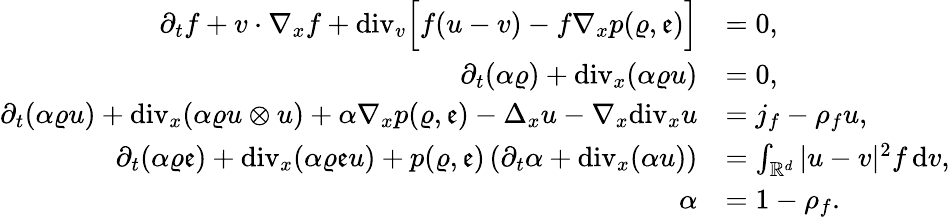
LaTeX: \begin{array}{rl}{\partial_{t}f+v\cdot\nabla_{x}f+\mathrm{div}_{v}\Big[f(u-v)-f\nabla_{x}p(\varrho,\mathfrak{e})\Big]}&{=0,}\\ {\partial_{t}(\alpha\varrho)+\mathrm{div}_{x}(\alpha\varrho u)}&{=0,}\\ {\partial_{t}(\alpha\varrho u)+\mathrm{div}_{x}(\alpha\varrho u\otimes u)+\alpha\nabla_{x}p(\varrho,\mathfrak{e})-\Delta_{x}u-\nabla_{x}\mathrm{div}_{x}u}&{=j_{f}-\rho_{f}u,}\\ {\partial_{t}(\alpha\varrho\mathfrak{e})+\mathrm{div}_{x}(\alpha\varrho\mathfrak{e}u)+p(\varrho,\mathfrak{e})\left(\partial_{t}\alpha+\mathrm{div}_{x}(\alpha u)\right)}&{=\int_{\mathbb R^{d}}\vert u-v\vert^{2}f\, \mathrm{d}v,}\\ {\alpha}&{=1-\rho_{f}.}\end{array}